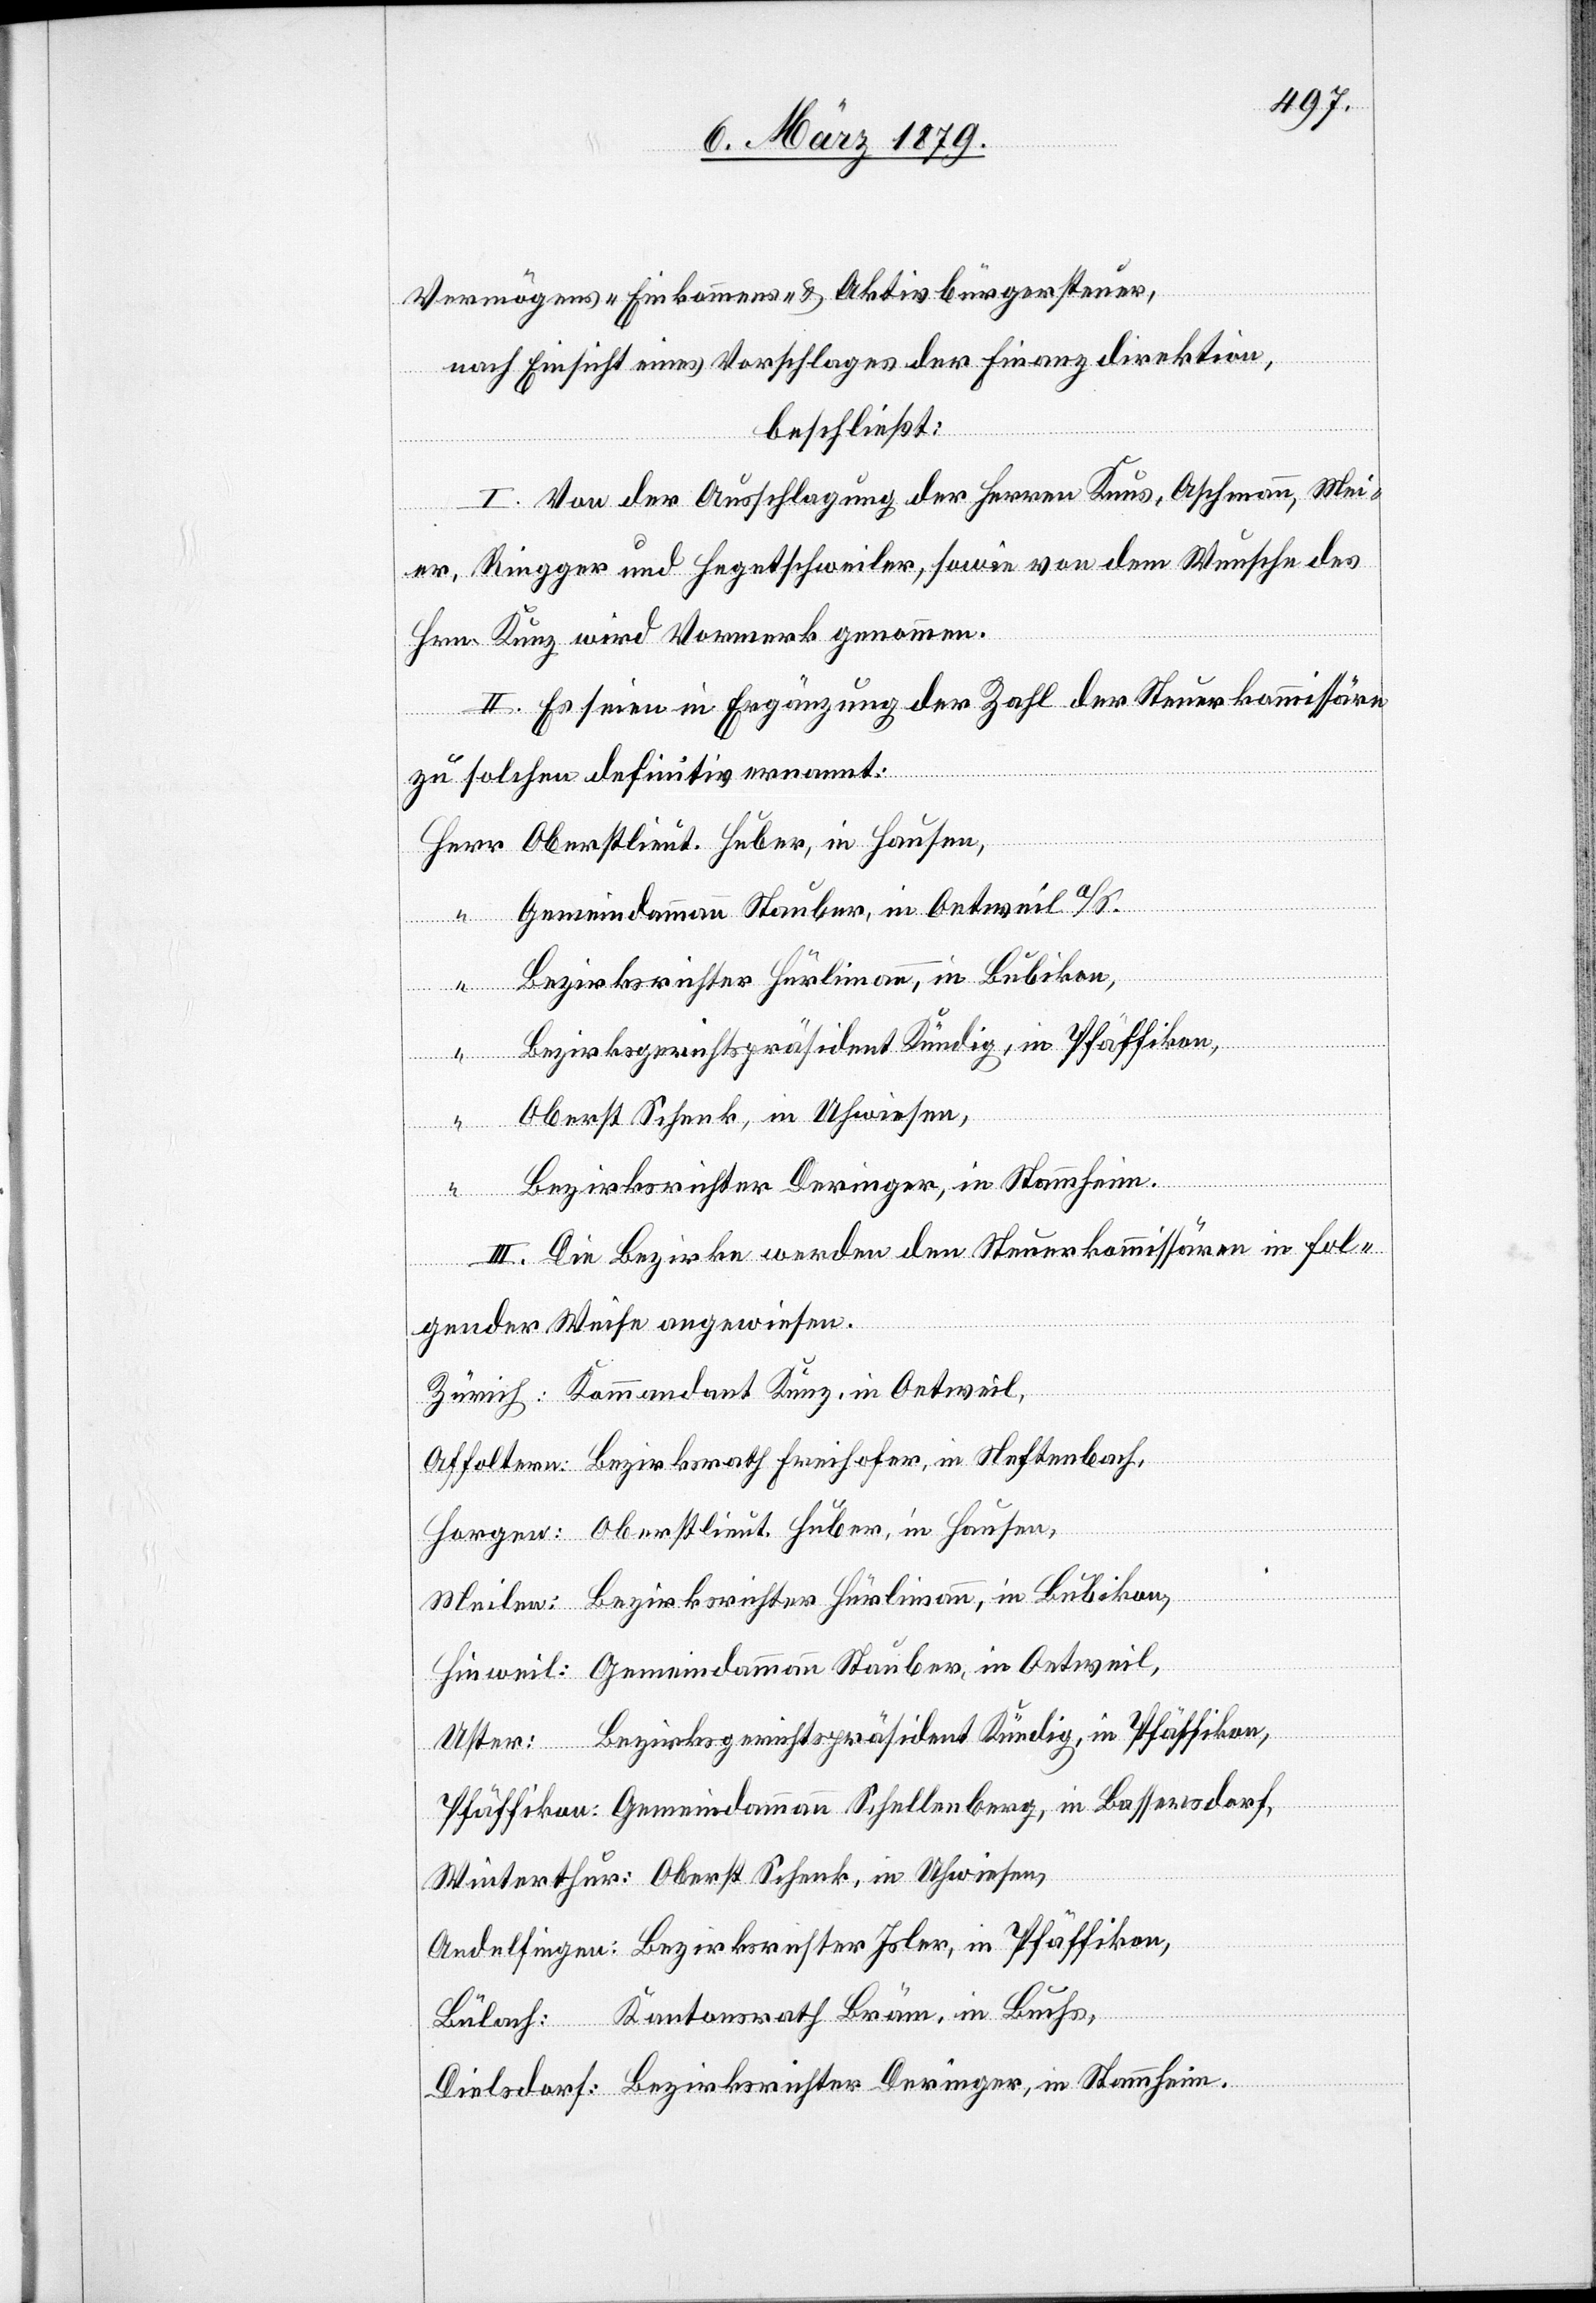
Vermögens- Einkommens- & Aktivbürgersteuer,
nach Einsicht eines Vorschlages der Finanzdirektion,
Herr
beschließt:
I. Von der Ausschlagung der Herren Knus, Aschmann, Mei¬
er, Ringger und Hegetschweiler, sowie von dem Wunsche des
Hrn. Kunz wird Vormerk genommen.
II. Es seien in Ergänzung der Zahl der Steuerkommissäre
zu solchen definitiv ernannt:
Oberstlieut. Huber, in Hausen,
Gemeindammann Stauber, in Oetweil a/S.
Bezirksrichter Hürlimann, in Bubikon,
“
Bezirksgerichtspräsident Kündig, in Pfäffikon,
“
Oberst Schenk, in Uhwiesen,
Bezirksrichter Deringer, in Stammheim.
III. Die Bezirke werden den Steuerkommissären in fol¬
gender Weise angewiesen:
Zürich: Kommandant Kunz, in Oetweil,
Affoltern: Bezirksrath Freihofer, in Neftenbach,
Horgen: Oberstlieut. Huber, in Hausen,
Meilen: Bezirksrichter Hürlimann, in Bubikon,
Hinweil: Gemeindammann Stauber, in Oetweil,
Uster: Bezirksgerichtspräsident Kündig, in Pfäffikon,
Pfäffikon: Gemeindammann Schellenberg, in Bassersdorf,
Winterthur: Oberst Schenk, in Uhwiesen,
Andelfingen: Bezirksrichter Isler, in Pfäffikon,
Bülach: Kantonsrath Bräm, in Buchs,
Dielsdorf: Bezirksrichter Deringer, in Stammheim.